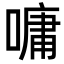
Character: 嘃